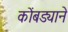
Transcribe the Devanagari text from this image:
कोंबड्याने